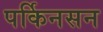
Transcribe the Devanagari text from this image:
पर्किनसन